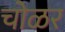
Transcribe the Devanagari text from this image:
चोळर